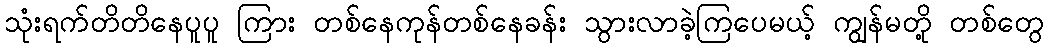
သုံးရက်တိတိနေပူပူ ကြား တစ်နေကုန်တစ်နေခန်း သွားလာခဲ့ကြပေမယ့် ကျွန်မတို့ တစ်တွေ